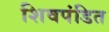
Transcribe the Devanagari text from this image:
शिवपंडित